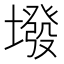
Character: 墢